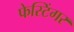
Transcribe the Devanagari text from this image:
फेस्टिंगर